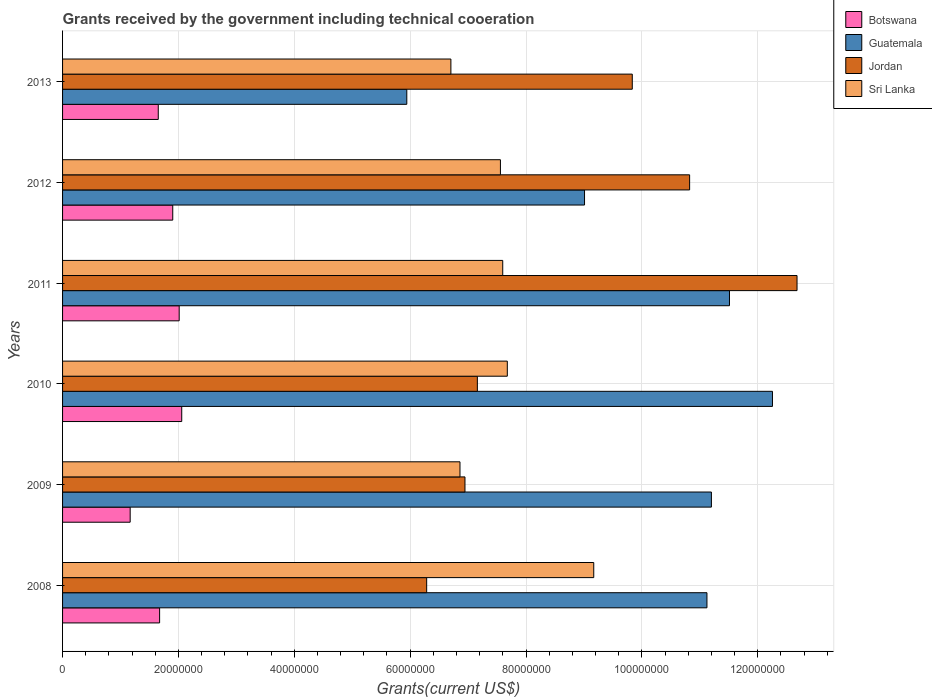
| Years | Botswana | Guatemala | Jordan | Sri Lanka |
 | --- | --- | --- | --- | --- |
 | 2008 | 1.68e+07 | 1.11e+08 | 6.28e+07 | 9.17e+07 |
 | 2009 | 1.17e+07 | 1.12e+08 | 6.95e+07 | 6.86e+07 |
 | 2010 | 2.06e+07 | 1.23e+08 | 7.16e+07 | 7.68e+07 |
 | 2011 | 2.01e+07 | 1.15e+08 | 1.27e+08 | 7.6e+07 |
 | 2012 | 1.9e+07 | 9.01e+07 | 1.08e+08 | 7.56e+07 |
 | 2013 | 1.65e+07 | 5.94e+07 | 9.83e+07 | 6.7e+07 |